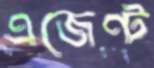
এজেণ্ট